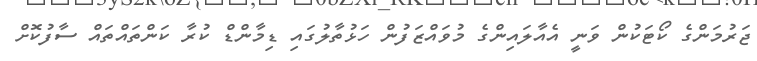
ޖަރުމަންގެ ކޯޓަކުން ވަނީ އެއާލައިންގެ މުވައްޒަފުން ހަޅުތާލުގައި ޑިމާންޑް ކުރާ ކަންތައްތައް ސާފުކޮށް